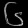
Digit: ၆